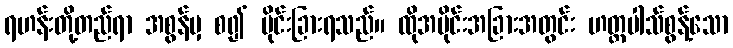
ရဟန်းတို့တည်ရာ အစွန်မှ စ၍ ပိုင်းခြားရသည်။ ထိုအပိုင်းအခြားအတွင်း ဟတ္ထပါသ်စွန့်သော